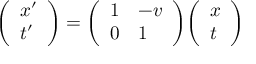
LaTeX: { \left( \begin{array} { l } { x ^ { \prime } } \\ { t ^ { \prime } } \end{array} \right) } = { \left( \begin{array} { l l } { 1 } & { - v } \\ { 0 } & { 1 } \end{array} \right) } { \left( \begin{array} { l } { x } \\ { t } \end{array} \right) }